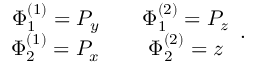
\begin{array} { c c c } { { \Phi _ { 1 } ^ { ( 1 ) } = P _ { y } } } & { { { } } } & { { \Phi _ { 1 } ^ { ( 2 ) } = P _ { z } } } \\ { { \Phi _ { 2 } ^ { ( 1 ) } = P _ { x } } } & { { { } } } & { { \Phi _ { 2 } ^ { ( 2 ) } = z } } \end{array} .